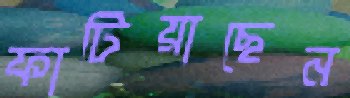
ফাটিয়াছেন